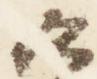
次